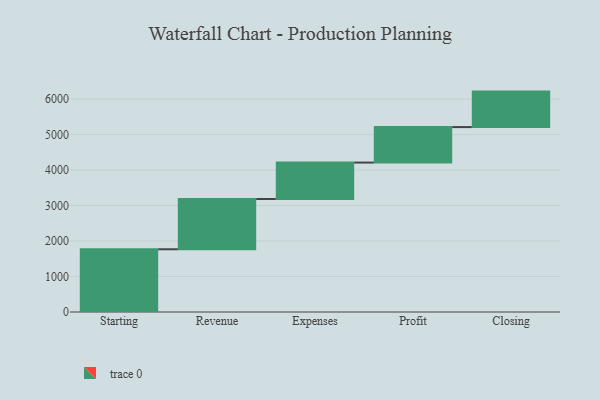
{"axis": {"x": "Step", "y": "Value"}, "legend": [""], "data": [{"x": "Starting", "y": 1768.0, "type": ""}, {"x": "Revenue", "y": 1416.0, "type": ""}, {"x": "Expenses", "y": 1027.0, "type": ""}, {"x": "Profit", "y": 1000, "type": ""}, {"x": "Closing", "y": 1000, "type": ""}]}